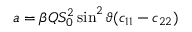
a = \beta Q S _ { 0 } ^ { 2 } \sin ^ { 2 } \vartheta ( c _ { 1 1 } - c _ { 2 2 } )